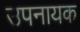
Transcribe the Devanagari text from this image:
उपनायक